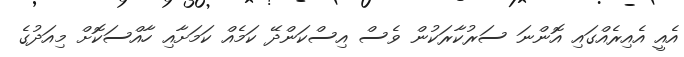
އެއީ އެއިރެއްގައި އޮންނަ ސަރުކާރަކުން ވެސް އިސްކަންދޭ ކަމެއް ކަމަށާއި ހާއްސަކޮށް މިއަދުގެ